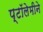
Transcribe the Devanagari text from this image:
प्टॉलेमीने